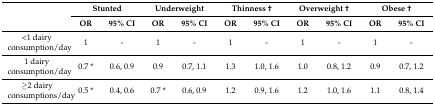
<table><thead><tr><td rowspan="2"></td><td colspan="2"><b>Stunted</b></td><td colspan="2"><b>Underweight</b></td><td colspan="2"><b>Thinness †</b></td><td colspan="2"><b>Overweight †</b></td><td colspan="2"><b>Obese †</b></td></tr><tr><td><b>OR</b></td><td><b>95% CI</b></td><td><b>OR</b></td><td><b>95% CI</b></td><td><b>OR</b></td><td><b>95% CI</b></td><td><b>OR</b></td><td><b>95% CI</b></td><td><b>OR</b></td><td><b>95% CI</b></td></tr></thead><tbody><tr><td>&lt;1 dairy consumption/day</td><td>1</td><td>-</td><td>1</td><td>-</td><td>1</td><td>-</td><td>1</td><td>-</td><td>1</td><td>-</td></tr><tr><td>1 dairy consumption/day</td><td>0.7 *</td><td>0.6, 0.9</td><td>0.9</td><td>0.7, 1.1</td><td>1.3</td><td>1.0, 1.6</td><td>1.0</td><td>0.8, 1.2</td><td>0.9</td><td>0.7, 1.2</td></tr><tr><td>≥2 dairy consumptions/day</td><td>0.5 *</td><td>0.4, 0.6</td><td>0.7 *</td><td>0.6, 0.9</td><td>1.2</td><td>0.9, 1.6</td><td>1.2</td><td>1.0, 1.6</td><td>1.1</td><td>0.8, 1.4</td></tr></tbody></table>